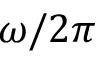
\omega / 2 \pi